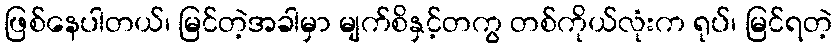
ဖြစ်နေပါတယ်၊ မြင်တဲ့အခါမှာ မျက်စိနှင့်တကွ တစ်ကိုယ်လုံးက ရုပ်၊ မြင်ရတဲ့